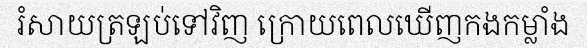
រំសាយត្រឡប់ទៅវិញ ក្រោយពេលឃើញកងកម្លាំង